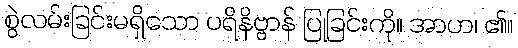
စွဲလမ်းခြင်းမရှိသော ပရိနိဗ္ဗာန် ပြုခြင်းကို။ အာဟ၊ ၏။